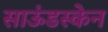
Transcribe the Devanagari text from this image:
साऊंडस्केन